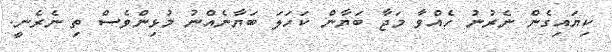
ކިޔައިގެން ނެރުނު ހެއްވާ މަޖާ ބަޔާން ކަހަލަ ބަޔާނެއްނު މުޅިންވެސް ތި ނެރެނީ.